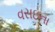
વસઇના